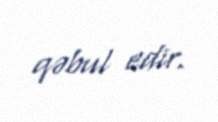
qəbul edir.